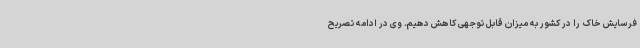
فرسایش خاک را در کشور به میزان قابل توجهی کاهش دهیم. وی در ادامه تصریح